Medical and sanitary report on the native army of Bombay for the year
Year: 1879
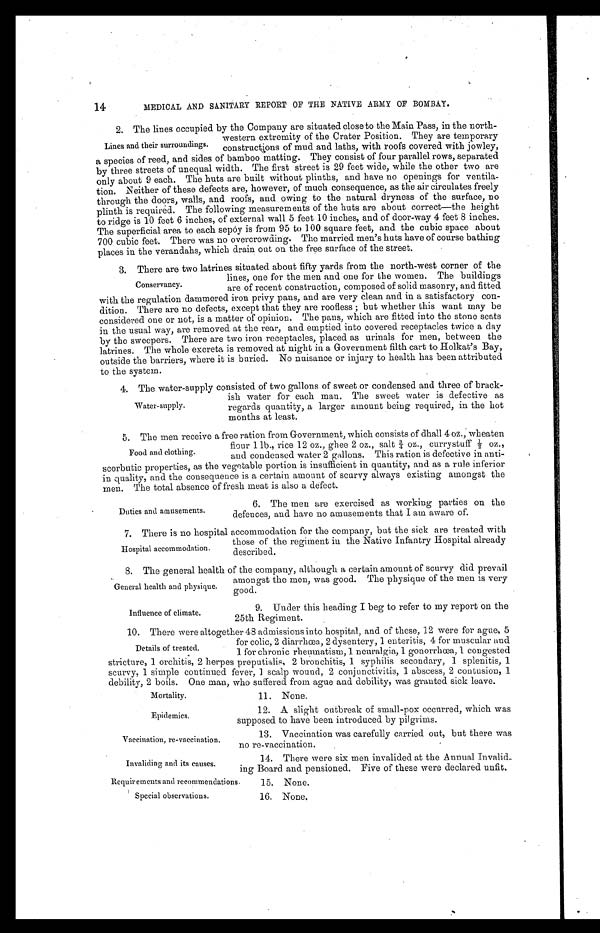
14
MEDICAL AND SANITARY REPORT OF THE NATIVE ARMY OF BOMBAY.
2. The lines occupied by the Company are situated close to the Main Pass, in the north-
western extremity of the Crater Position. They are temporary
constructions of mud and laths, with roofs covered with jowley,
a species of reed, and sides of bamboo matting. They consist of four parallel rows, separated
by three streets of unequal width. The first street is 29 feet wide, while the other two are
only about 9 each. The huts are built without plinths, and have no openings for ventila
- t i o n . N e i t h e r o f t h e s e d e f e c t s a r e , h o w e v e r , o f m u c h c o n s e q u e n c e , a s t h e a i r c i r c u l a t e s f r e e l y
through the doors, walls, and roofs, and owing to the natural dryness of the surface, no
plinth is required. The following measurements of the huts are about correct—the height
to ridge is 10 feet 6 inches, of external wall 5 feet 10 inches, and of door-way 4 feet 8 inches.
The superficial area to each sepoy is from 95 to 100 square feet, and the cubic space about
700 cubic feet. There was no overcrowding. The married men's huts have of course bathing
places in the verandahs, which drain out on the free surface of the street.
3. There are two latrines situated about fifty yards from the north-west corner of the
lines, one for the men and one for the women. The buildings
are of recent construction, composed of solid masonry, and fitted
with the regulation dammered iron privy pans, and are very clean and in a satisfactory con
-dition. There are no defects, except that they are roofless; but whether this want may be
considered one or not, is a matter of opinion. The pans, which are fitted into the stone seats
in the usual way, are removed at the rear, and emptied into covered receptacles twice a day
by the sweepers. There are two iron receptacles, placed as urinals for men, between the
latrines. The whole excreta is removed at night in a Government filth cart to Holkat's Bay,
outside the barriers, where it is buried. No nuisance or injury to health has been attributed
to the system.
4. The water-supply consisted of two gallons of sweet or condensed and three of brack
-ish water for each man. The sweet water is defective as
regards quantity, a larger amount being required, in the hot
months at least.
5. The men receive a free ration from Government, which consists of dhall 4 oz., wheaten
flour 1 lb., rice 12 oz., ghee 2 oz., salt
¾oz., currystuff ½ oz.
, and condensed water 2 gallons. This ration is defective in anti-
scorbutic properties, as the vegetable portion is insufficient in quantity, and as a rule inferior
in quality, and the consequence is a certain amount of scurvy always existing amongst the
men. The total absence of fresh meat is also a defect.
Lines and their surroundings.
Conservancy.
Water-supply.
Food and clothing.
Duties and amusements.
6. The men are exercised as working parties on the
defences, and have no amusements that I am aware of.
7. There is no hospital accommodation for the company, but the sick are treated with
those of the regiment in the Native Infantry Hospital already
described.
8. The general health of the company, although a certain amount of scurvy did prevail
amongst the men, was good. The physique of the men is very
good.
Hospital accommodation.
General health and physique.
Influence of climate.
9. Under this heading I beg to refer to my report on the
25th Regiment.
10. There were altogether 48 admissions into hospital, and of these, 12 were for ague, 5
for colic, 2 diarrhœa, 2 dysentery, 1 enteritis, 4 for muscular and
1 for chronic rheumatism, 1 neuralgia, 1 gonorrhœa, 1 congested
stricture, 1 orchitis, 2 herpes preputialis, 2 bronchitis, 1 syphilis secondary, 1 splenitis, 1
scurvy, 1 simple continued fever,] scalp wound, 2 conjunctivitis, 1 abscess, 2 contusion, 1
debility, 2 boils. One man, who suffered from ague and debility, was granted sick leave.
Details of treated.
Mortality.
Epidemics.
Vaccination, re-vaccination.
Invaliding and its causes.
11. None.
12. A slight outbreak of small-pox occurred, which was
supposed to have been introduced by pilgrims.
13. Vaccination was carefully carried out, but there was
no re-vaccination.
14. There were six men invalided at the Annual Invalid
-ing Board and pensioned. Five of these were declared unfit.
Requirements and recommendations
Special observations.
15. None.
16. None.